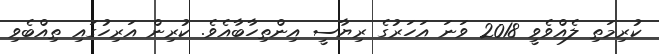
ކުރިމަތި ލެއްވެވީ 2018 ވަނަ އަހަރުގެ ރިޔާސީ އިންތިހާބާއެވެ. ކުރިން އަރިހުގައި ތިއްބެވި